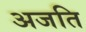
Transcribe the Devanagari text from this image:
अजति